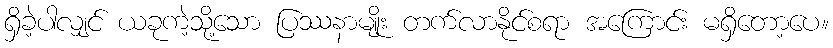
ရှိခဲ့ပါလျှင် ယခုကဲ့သို့သော ပြဿနာမျိုး တက်လာနိုင်စရာ အကြောင်း မရှိတော့ပေ။